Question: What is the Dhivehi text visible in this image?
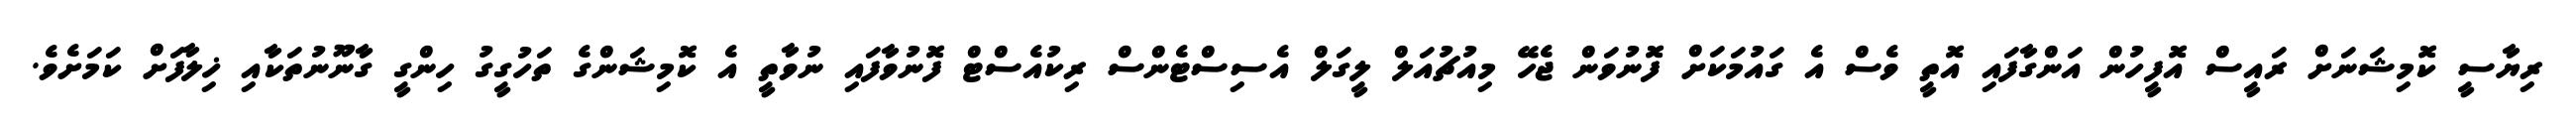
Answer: ރިޔާސީ ކޮމިޝަނަށް ރައީސް އޮފީހުން އަންގާފައި އޮތީ ވެސް އެ ގައުމަކަށް ފޮނުވަން ޖެހޭ މިއުޗުއަލް ލީގަލް އެސިސްޓެންސް ރިކުއެސްޓް ފޮނުވާފައި ނުވާތީ އެ ކޮމިޝަންގެ ތަހުގީގު ހިންގީ ގާނޫނުތަކާއި ޚިލާފަށް ކަމަށެވެ.